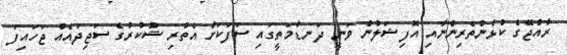
ރާއްޖޭގެ ކުޅުންތެރިންނާއި އޮފިޝަލުން ވަނީ ދަނޑުމަތީގައި ސަފަކަށް އެތުރި ޝުކުރުގެ ސަޖިދައެއް ޖަހައިފަ